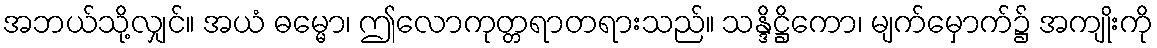
အဘယ်သို့လျှင်။ အယံ ဓမ္မော၊ ဤလောကုတ္တရာတရားသည်။ သန္ဒိဋ္ဌိကော၊ မျက်မှောက်၌ အကျိုးကို